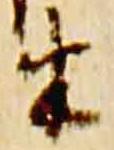
半